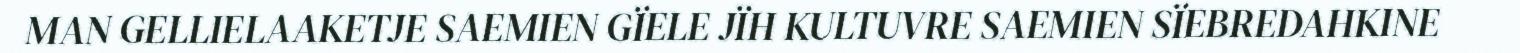
MAN GELLIELAAKETJE SAEMIEN GÏELE JÏH KULTUVRE SAEMIEN SÏEBREDAHKINE